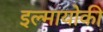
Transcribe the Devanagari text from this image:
इल्मायोकी